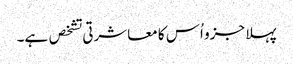
پہلا جزو اُس کا معاشرتی تشخص ہے۔